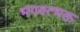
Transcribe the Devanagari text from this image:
भगवत्भक्त